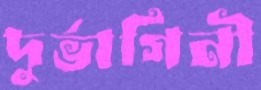
দুর্ভাগিনী